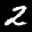
Label: 2